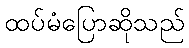
ထပ်မံပြောဆိုသည်